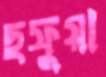
ছফুয়া